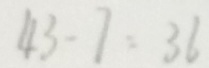
4 3 - 7 = 3 6